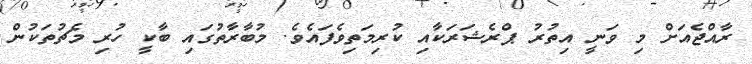
ރާއްޖެއަށް މި ވަނީ އިތުރު ޕްރެޝަރަކާއި ކުރިމަތިވެފައެވެ. މުބާރާތުގައި ބާކީ ހުރި މެޗުތަކުން